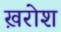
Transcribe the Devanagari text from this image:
ख़रोश